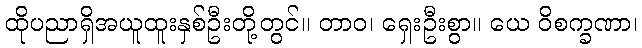
ထိုပညာရှိအယူထူးနှစ်ဦးတို့တွင်။ တာဝ၊ ရှေးဦးစွာ။ ယေ ဝိစက္ခဏာ၊